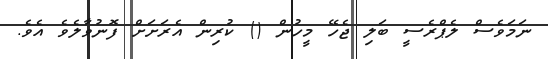
ނަމަވެސް ލެޕްރެސީ ބަލި ޖެހޭ މީހުން () ކުރިން އެރަށަށް ފޮނުވާލެވެ އެވެ.